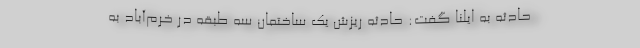
حادثه به ایلنا گفت: حادثه ریزش یک ساختمان سه طبقه در خرم‌آباد به